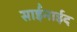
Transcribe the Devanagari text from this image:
साईंनाईद